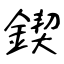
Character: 鍥